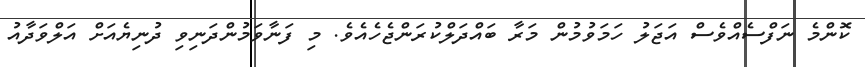
ކޮންމެ ނަފްސެއްވެސް އަޖަލު ހަމަވުމުން މަރާ ބައްދަލްކުރަންޖެހެއެވެ. މި ފަނާވަމުންދަނިވި ދުނިޔެއަށް އަލްވަދާއު